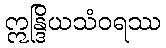
ဣန္ဒြိယသံဝရဿ